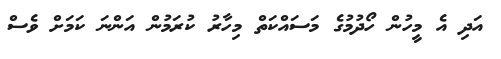
އަދި އެ މީހުން ހޯދުމުގެ މަސައްކަތް މިހާރު ކުރަމުން އަންނަ ކަމަށް ވެސް